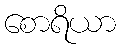
စောရိယာ